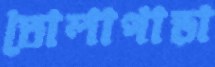
তোলাপাড়া